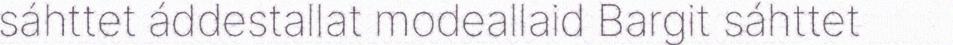
sáhttet áddestallat modeallaid Bargit sáhttet